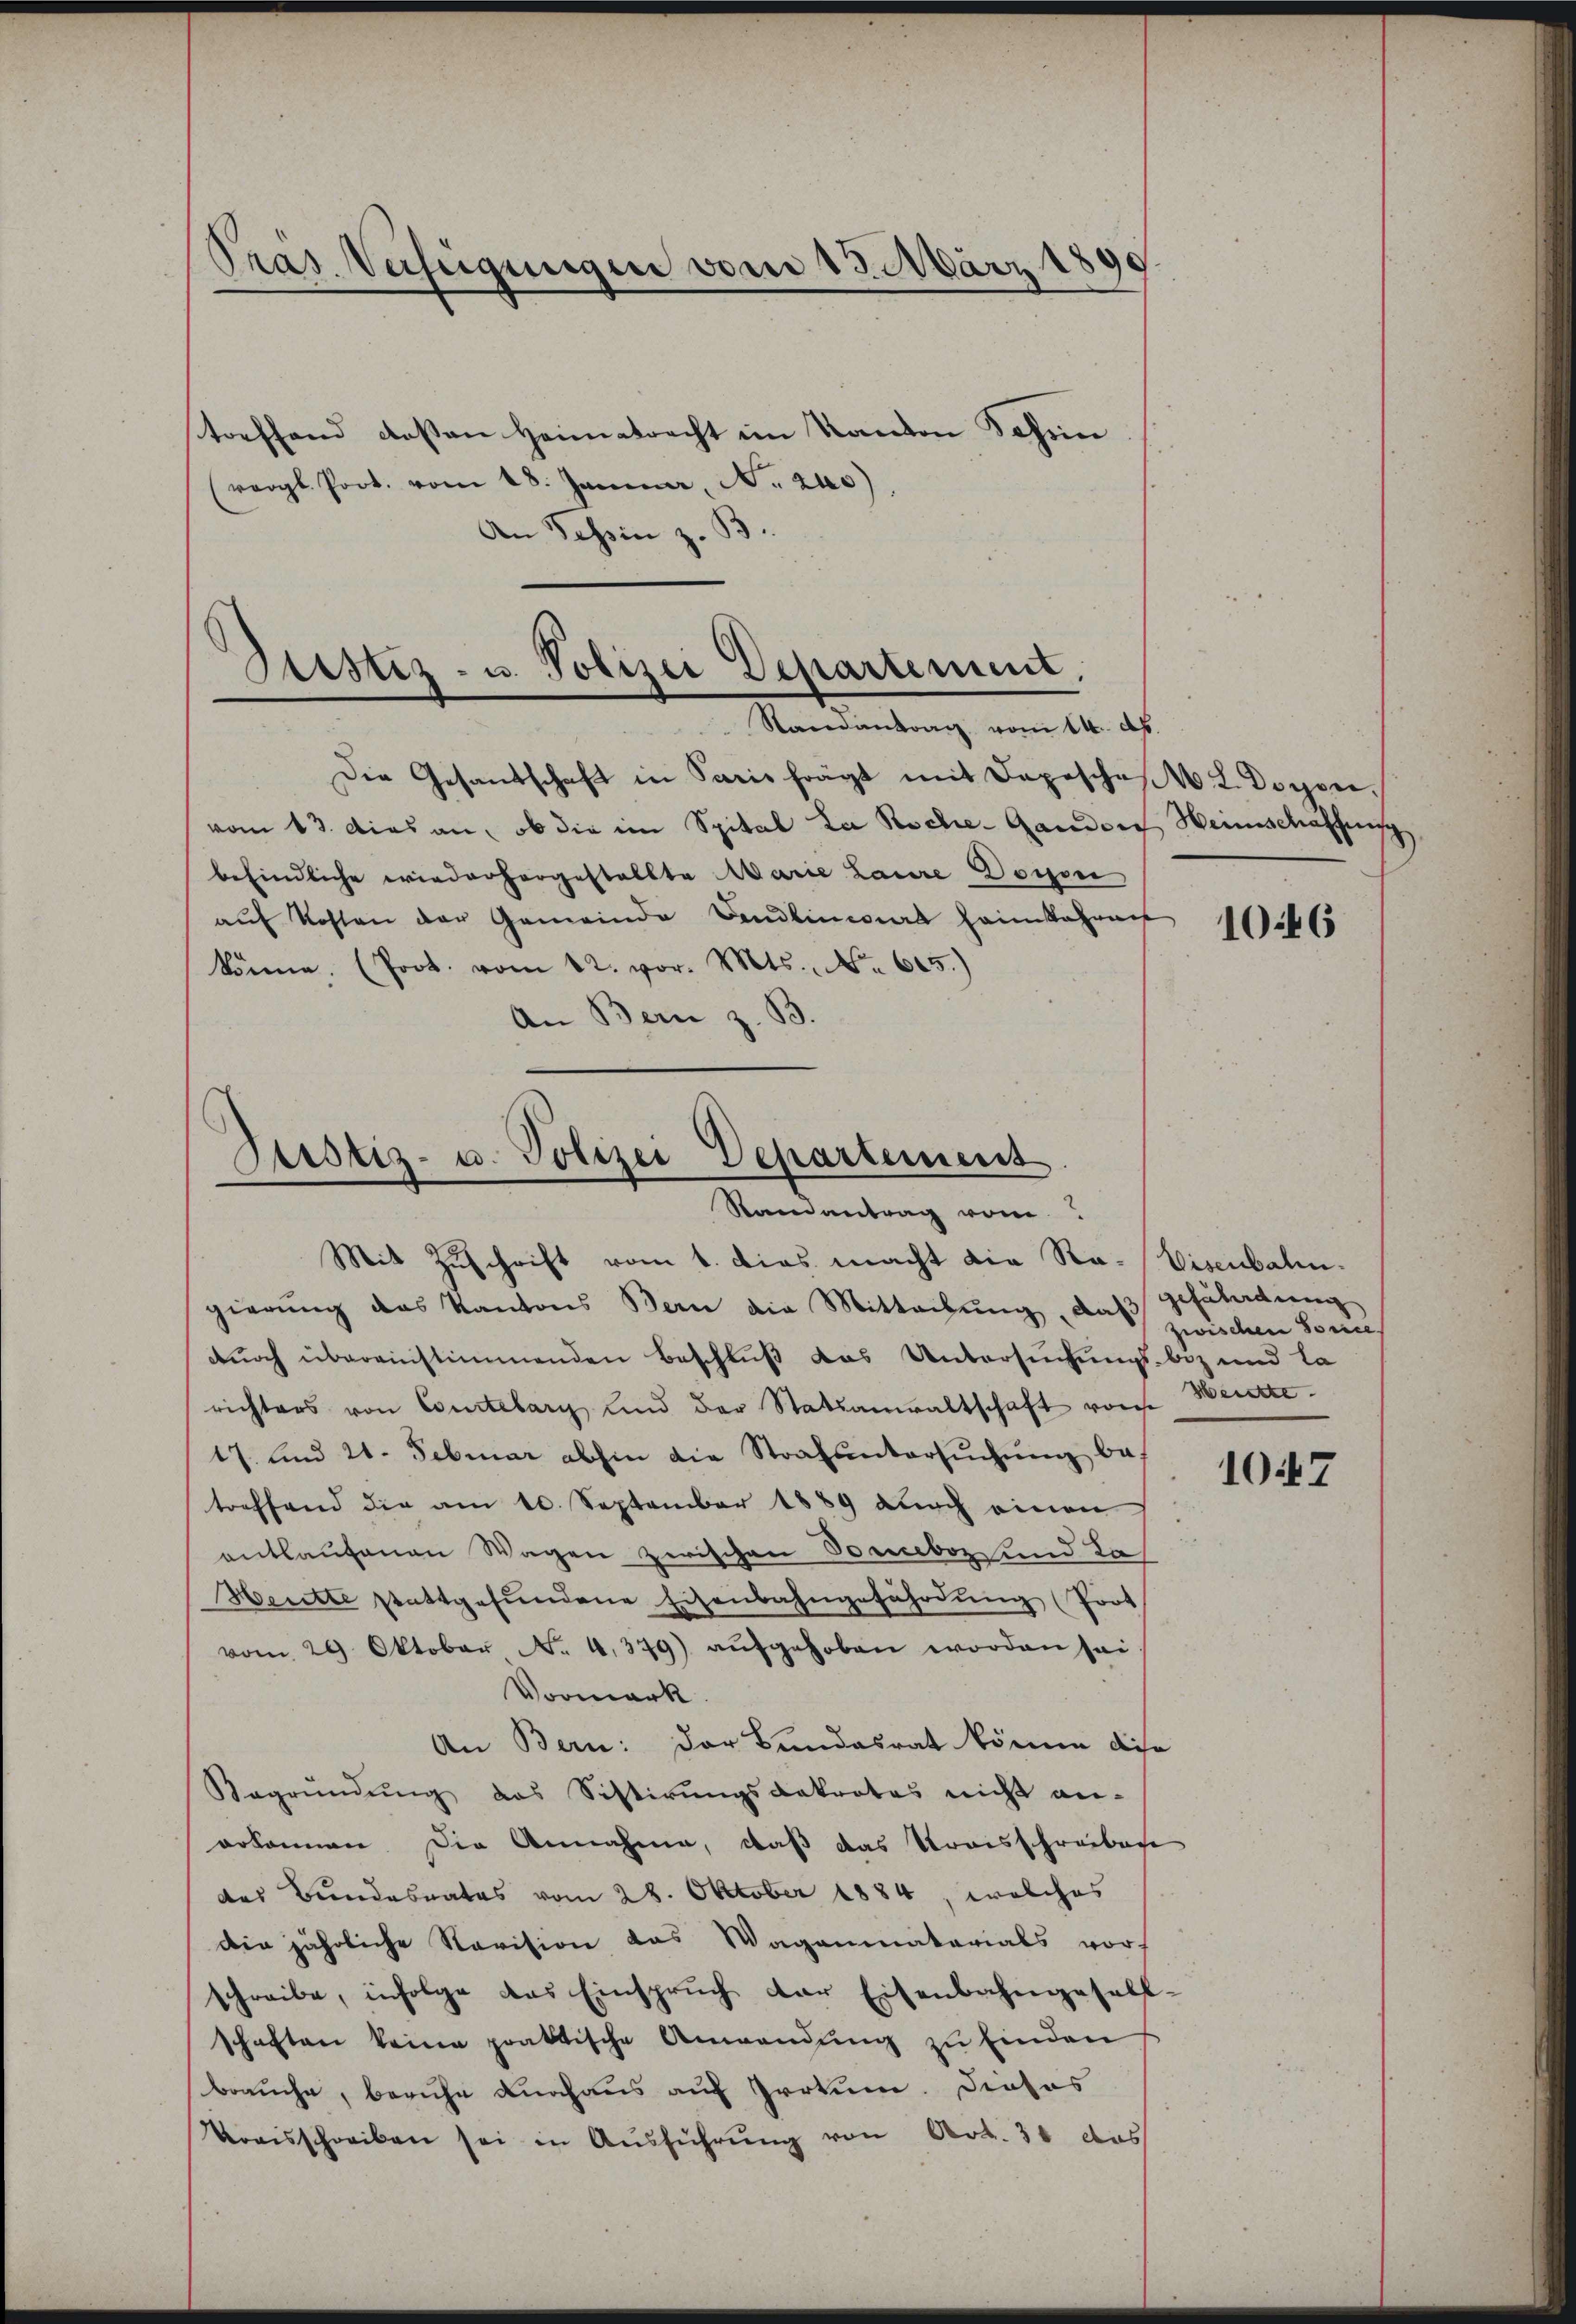
Präs. Verfügungen vom 13. März 1899

toeffend deßen Heimatrecht im Kanton Johin
gl. Port. vom 18. Januar, No. 240),
An Tessin z. B

Geistiz- u. Polizei Departement.
Randantrag vom 14. d.

Der Gesandschaft in Paris frägt mit Depeschen L. Doyen.
vom 13. dies an, ob die im Spital La Roche- Gandon Heimschaffnis
befindliche wiederhergestellte Marie Laure Doron
aŭf Kosten der Gemeinde Vendliniert heimkehren
könne. (Prot. vom 12. vor. Mts. No. 615.)
An Bern z. B.

Justiz- u. Polizei Departement
Ramantrag vom
Mit Zuschrift vom 1. dies macht die Ra-Eisenbalen.

gierŭng das Kantons Bern die Mitteilŭng, das zweiden Sonne
durch übereinstimmenden Beschluß das Untersuchungsbez und la
richters von Courtelary und der Statsanwaltschaft von
17. und 21. Februar abhin die Strafŭntersŭchŭng be-
treffend die am 10. September 1889 durch einen
entlaufenen Wagen zwischen Soneboz und Le
Heitte stattgefŭndene Eisenbahngefährdung (Prot
vom 29. Oktober No. 4379) aŭfgehoben worden sei
Vormark
An Bern: der Bundesrat könne dise
Begründŭng das Sistirŭngsdakrates nicht an-
erkennen. Die Annahme, daß das Streisschreiben
des Bundesrates vom 28. Oktober 1884, welches
die jährliche Revision das Wagenmaterials vor
schreibe, infolge das Einspruch der Eisenbahngesell-
schaften keine praktische Anwendung zu Einden
brauche, beruhe durchaus auf Irrtum. Dieses
Kraisschreiben sei in Aŭsführŭng von Art. 30 das

1046

gefährdung
Werste

1047